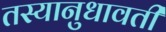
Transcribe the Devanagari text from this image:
तस्यानुधावती